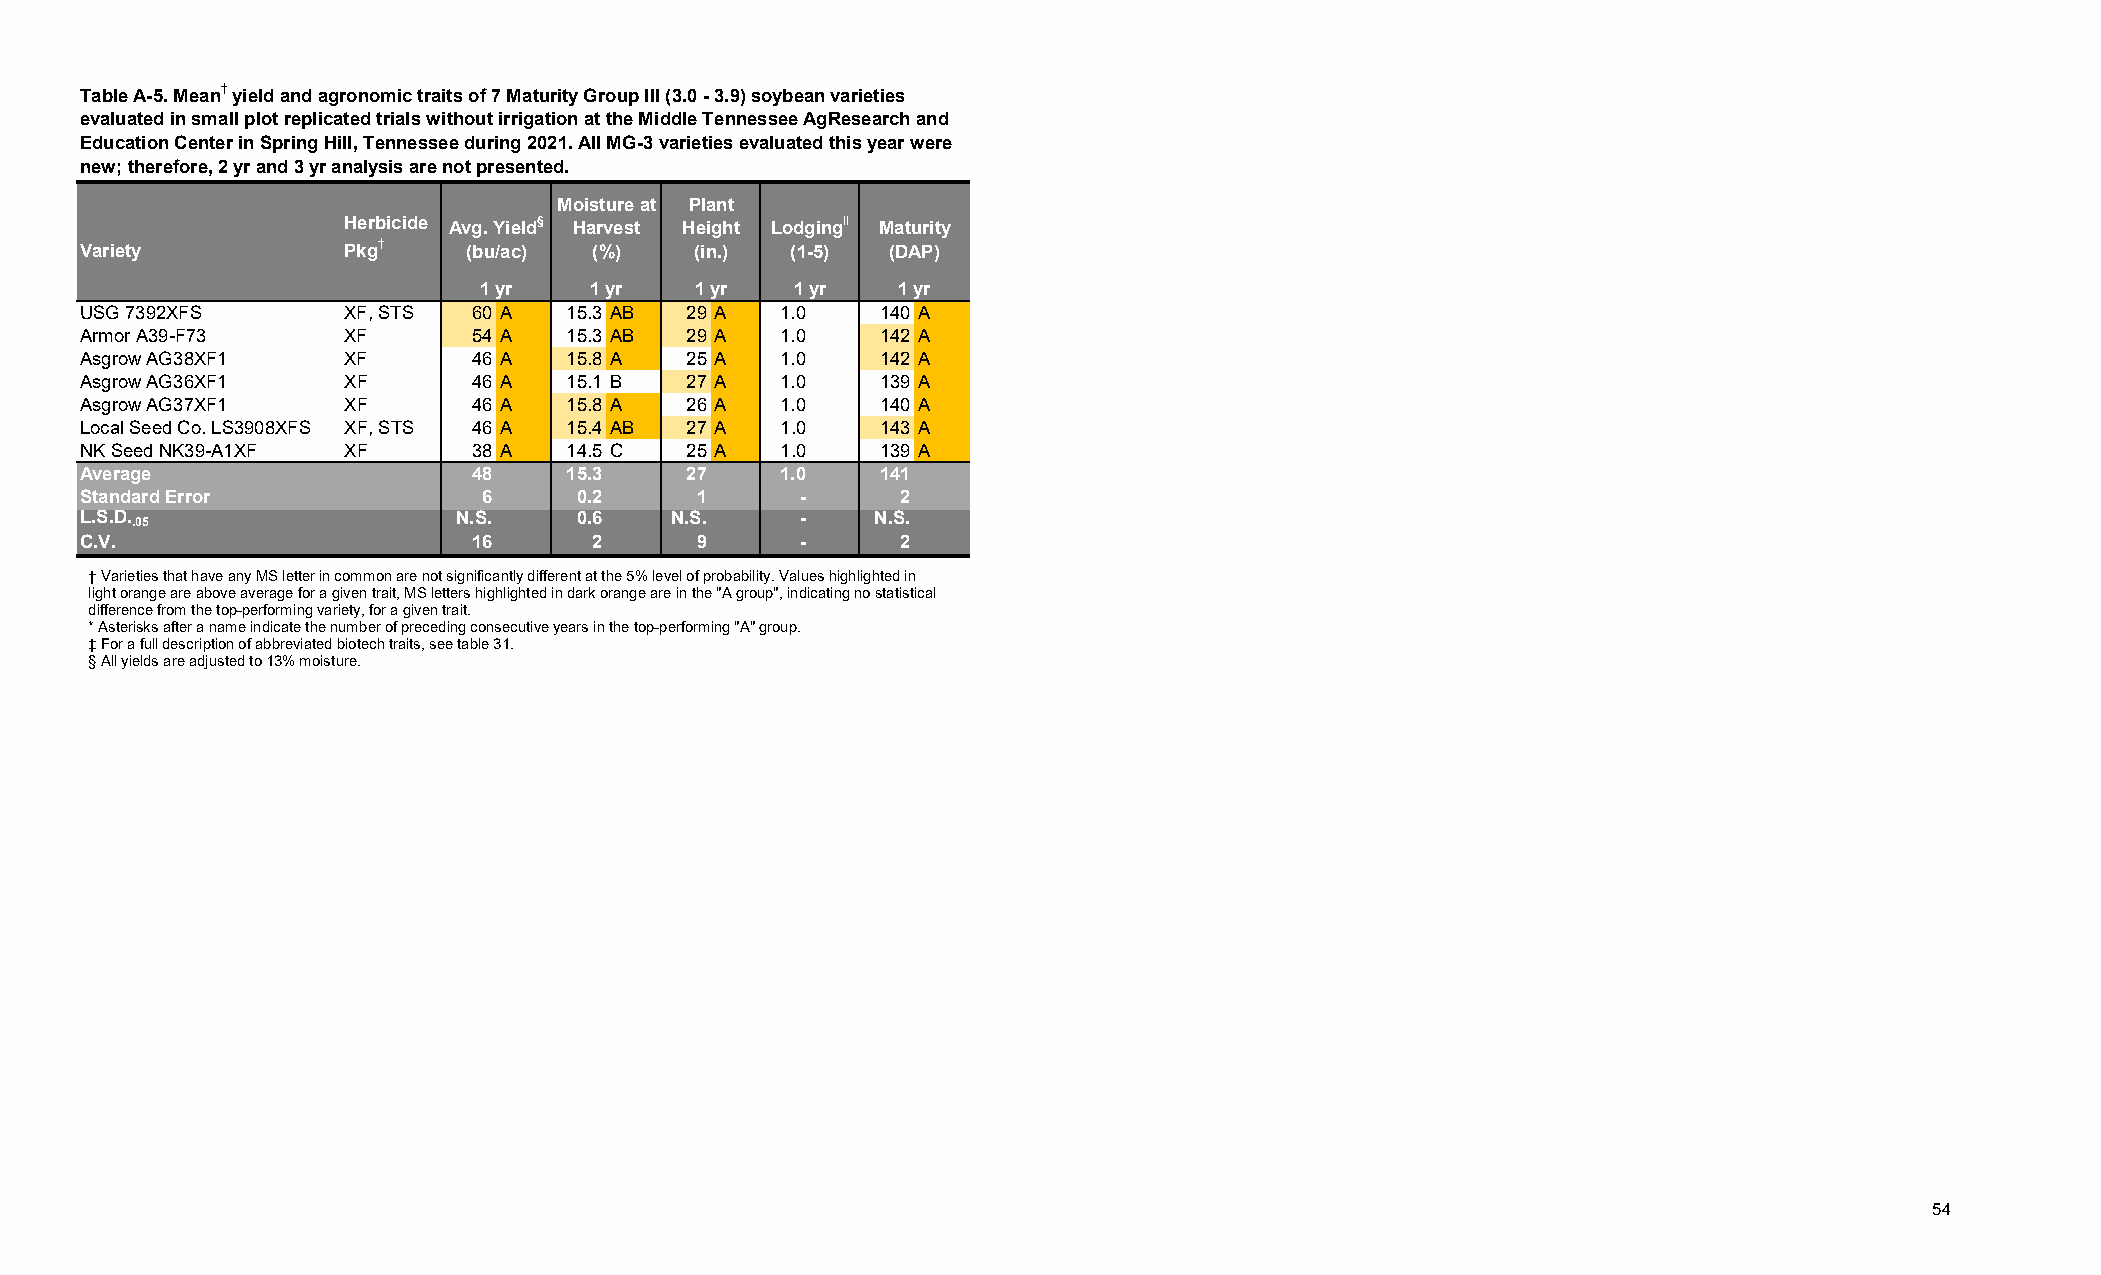
Table A-5. Mean† yield and agronomic traits of 7 Maturity Group III (3.0 - 3.9) soybean varieties
 evaluated in small plot replicated trials without irrigation at the Middle Tennessee AgResearch and
 Education Center in Spring Hill, Tennessee during 2021. All MG-3 varieties evaluated this year were
 new; therefore, 2 yr and 3 yr analysis are not presented.
 Moisture at Plant
 Herbicide Avg. Yield§ Harvest Height Lodging‖ Maturity
 Variety           Pkg†    (bu/ac) (%)    (in.) (1-5)  (DAP)
 1 yr   1 yr   1 yr   1 yr   1 yr
 USG 7392XFS       XF, STS 60 A   15.3 AB 29 A  1.0   140 A
 Armor A39-F73     XF      54 A   15.3 AB 29 A  1.0   142 A
 Asgrow AG38XF1    XF      46 A   15.8 A  25 A  1.0   142 A
 Asgrow AG36XF1    XF      46 A   15.1 B  27 A  1.0   139 A
 Asgrow AG37XF1    XF      46 A   15.8 A  26 A  1.0   140 A
 Local Seed Co. LS3908XFS XF, STS 46 A 15.4 AB 27 A 1.0 143 A
 NK Seed NK39-A1XF XF      38 A   14.5 C  25 A  1.0   139 A
 Average                   48     15.3    27    1.0   141
 Standard Error             6     0.2     1      -      2
 L.S.D. .05               N.S.    0.6    N.S.    -    N.S.
 C.V.                      16      2      9      -      2
 † Varieties that have any MS letter in common are not significantly different at the 5% level of probability.Values highlighted in
 light orange are above average for a given trait, MS letters highlighted in dark orange are in the "A group", indicating no statistical
 difference from the top-performing variety, for a given trait.
 * Asterisks after a name indicate the number of preceding consecutive years in the top-performing "A" group.
 ‡ For a full description of abbreviated biotech traits, see table 31.
 §All yields are adjusted to 13% moisture.
 54